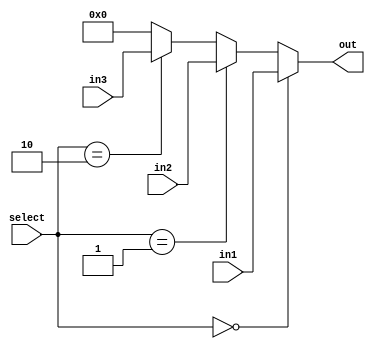
module MUX32_4(
	input [1:0] select,
	input [31:0] in1,
	input [31:0] in2,
	input [31:0] in3,
 	output [31:0] out
);
	
	assign out = (select == 2'b00) ? in1 : 
				 (select == 2'b01) ? in2 :
				 (select == 2'b10) ? in3 :
				  32'b0;

endmodule